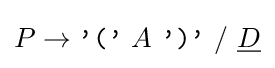
{\textstyle P\rightarrow {\texttt {'('}}\ A\ {\texttt {')'}}\ /\ {\underline {D}}}